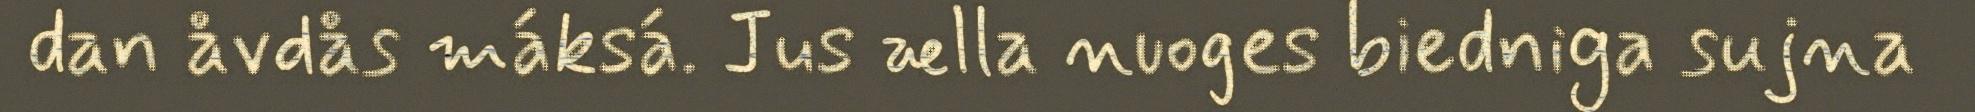
dan åvdås máksá. Jus ælla nuoges biedniga sujna